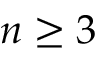
n \geq 3